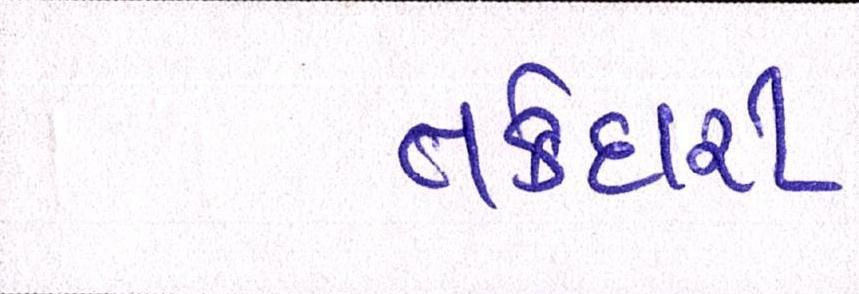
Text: તકેદારી